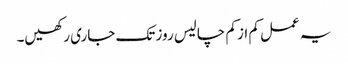
یہ عمل کم از کم چالیس روز تک جاری رکھیں۔